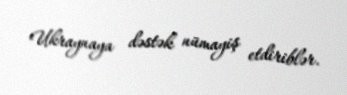
Ukraynaya dəstək nümayiş etdiriblər.